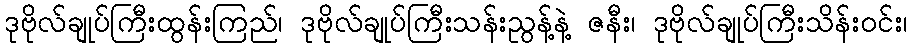
ဒုဗိုလ်ချုပ်ကြီးထွန်းကြည်၊ ဒုဗိုလ်ချုပ်ကြီးသန်းညွန့်နဲ့ ဇနီး၊ ဒုဗိုလ်ချုပ်ကြီးသိန်းဝင်း၊